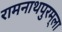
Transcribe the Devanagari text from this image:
रामनाथपुरम्‌ला